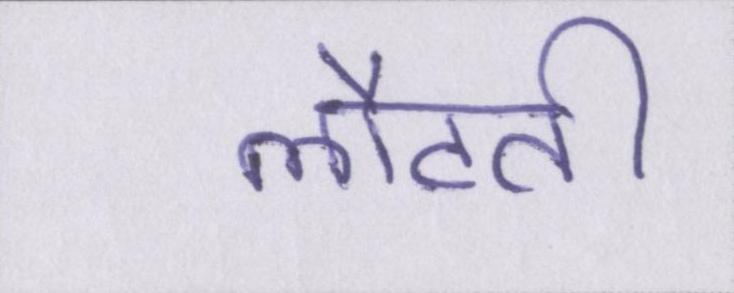
लौटती